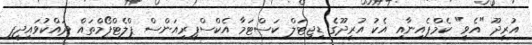
އުރީދޫ "އެވީ" ކެމްޕެއިނާއި އެކު އުރީދޫގެ ޑިޖިޓަލް ކަސްޓަމާ އެކްސްޕީރިއަންސް ޕްލެޓްފޯމްތައް ދައްކުވައިދީފި